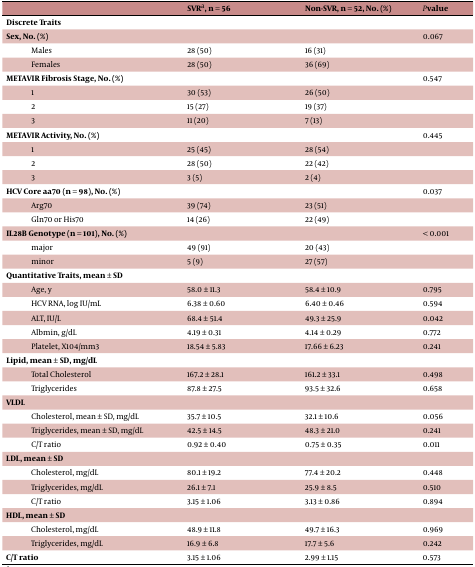
<table><thead><tr><td></td><td><b>SVR<sup>a</sup>, n = 56</b></td><td><b>Non-SVR, n = 52, No. (%)</b></td><td><b><i>P</i>value</b></td></tr></thead><tbody><tr><td><b>Discrete Traits</b></td><td></td><td></td><td></td></tr><tr><td><b>Sex, No. (%) </b></td><td></td><td></td><td>0.067</td></tr><tr><td>Males</td><td>28 (50)</td><td>16 (31)</td><td></td></tr><tr><td>Females</td><td>28 (50)</td><td>36 (69)</td><td></td></tr><tr><td><b>METAVIR Fibrosis Stage, No. (%) </b></td><td></td><td></td><td>0.547</td></tr><tr><td>1</td><td>30 (53)</td><td>26 (50)</td><td></td></tr><tr><td>2</td><td>15 (27)</td><td>19 (37)</td><td></td></tr><tr><td>3</td><td>11 (20)</td><td>7 (13)</td><td></td></tr><tr><td><b>METAVIR Activity, No. (%)</b></td><td></td><td></td><td>0.445</td></tr><tr><td>1</td><td>25 (45)</td><td>28 (54)</td><td></td></tr><tr><td>2</td><td>28 (50)</td><td>22 (42)</td><td></td></tr><tr><td>3</td><td>3 (5)</td><td>2 (4)</td><td></td></tr><tr><td><b>HCV Core aa70 (n = 98), No. (%)</b></td><td></td><td></td><td>0.037</td></tr><tr><td>Arg70</td><td>39 (74)</td><td>23 (51)</td><td></td></tr><tr><td>Gln70 or His70</td><td>14 (26)</td><td>22 (49)</td><td></td></tr><tr><td><b>IL28B Genotype (n = 101), No. (%)</b></td><td></td><td></td><td>&lt; 0.001</td></tr><tr><td>major</td><td>49 (91)</td><td>20 (43)</td><td></td></tr><tr><td>minor</td><td>5 (9)</td><td>27 (57)</td><td></td></tr><tr><td><b>Quantitative Traits, mean ± SD</b></td><td></td><td></td><td></td></tr><tr><td>Age, y</td><td>58.0 ± 11.3</td><td>58.4 ± 10.9</td><td>0.795</td></tr><tr><td>HCV RNA, log IU/mL</td><td>6.38 ± 0.60</td><td>6.40 ± 0.46</td><td>0.594 </td></tr><tr><td>ALT, IU/L</td><td>68.4 ± 51.4</td><td>49.3 ± 25.9</td><td>0.042</td></tr><tr><td>Albmin, g/dL</td><td>4.19 ± 0.31</td><td>4.14 ± 0.29</td><td>0.772</td></tr><tr><td>Platelet, X104/mm3</td><td>18.54 ± 5.83</td><td>17.66 ± 6.23</td><td>0.241 </td></tr><tr><td><b>Lipid, mean ± SD, mg/</b><b>dL</b></td><td></td><td></td><td></td></tr><tr><td>Total Cholesterol</td><td>167.2 ± 28.1</td><td>161.2 ± 33.1</td><td>0.498</td></tr><tr><td>Triglycerides</td><td>87.8 ± 27.5</td><td>93.5 ± 32.6</td><td>0.658</td></tr><tr><td><b>VLDL </b></td><td></td><td></td><td></td></tr><tr><td>Cholesterol, mean ± SD, mg/dL</td><td>35.7 ± 10.5</td><td>32.1 ± 10.6</td><td>0.056</td></tr><tr><td>Triglycerides, mean ± SD, mg/dL</td><td>42.5 ± 14.5</td><td>48.3 ± 21.0</td><td>0.241</td></tr><tr><td>C/T ratio</td><td>0.92 ± 0.40</td><td>0.75 ± 0.35</td><td>0.011</td></tr><tr><td><b>LDL, mean ± SD</b></td><td></td><td></td><td></td></tr><tr><td>Cholesterol, mg/dL</td><td>80.1 ± 19.2</td><td>77.4 ± 20.2</td><td>0.448 </td></tr><tr><td>Triglycerides, mg/dL</td><td>26.1 ± 7.1</td><td>25.9 ± 8.5</td><td>0.510 </td></tr><tr><td>C/T ratio</td><td>3.15 ± 1.06</td><td>3.13 ± 0.86</td><td>0.894</td></tr><tr><td><b>HDL, mean ± SD </b></td><td></td><td></td><td></td></tr><tr><td>Cholesterol, mg/dL</td><td>48.9 ± 11.8</td><td>49.7 ± 16.3</td><td>0.969</td></tr><tr><td>Triglycerides, mg/dL</td><td>16.9 ± 6.8</td><td>17.7 ± 5.6</td><td>0.242</td></tr><tr><td><b>C/T ratio</b></td><td>3.15 ± 1.06</td><td>2.99 ± 1.15</td><td>0.573</td></tr></tbody></table>